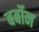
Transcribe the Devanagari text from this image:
बर्बोन